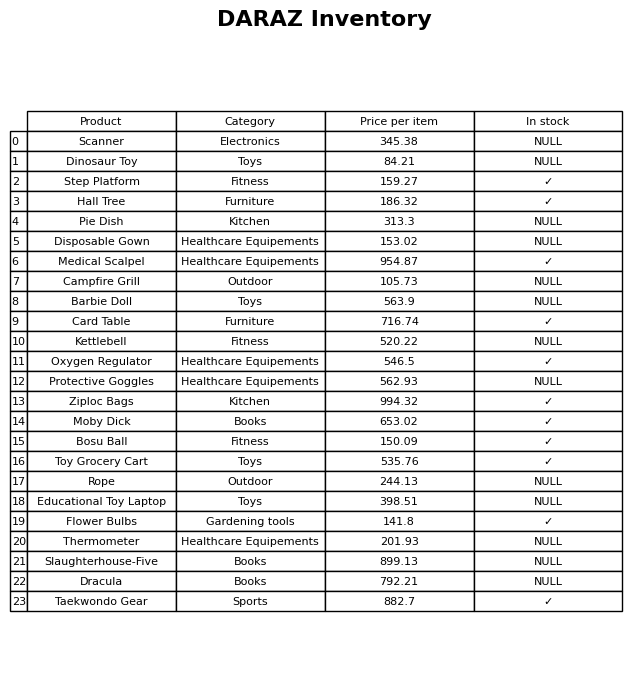
question: Is the Hall Tree in stock?
answer: ✓